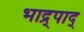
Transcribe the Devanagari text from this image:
भाद्र्पाद्